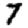
Digit: 7